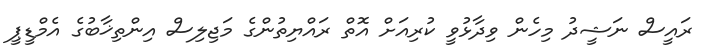
ރައީސް ނަޝީދު މިހެން ވިދާޅުވީ ކުރިއަށް އޮތް ރައްޔިތުންގެ މަޖިލިސް އިންތިޚާބުގެ އެމްޑީޕީ